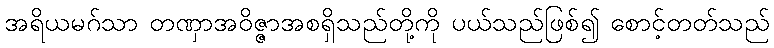
အရိယမဂ်သာ တဏှာအဝိဇ္ဇာအစရှိသည်တို့ကို ပယ်သည်ဖြစ်၍ စောင့်တတ်သည်